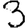
Digit: 3